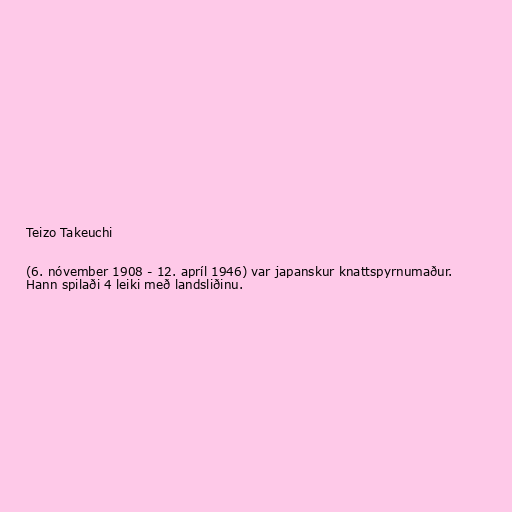
Teizo Takeuchi

(6. nóvember 1908 - 12. apríl 1946) var japanskur knattspyrnumaður.
Hann spilaði 4 leiki með landsliðinu.